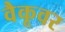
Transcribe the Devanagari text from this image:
वैकूवर